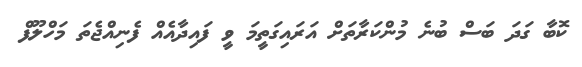
ކޮބާ ގަދަ ބަސް ބުނެ މުންކަރާތަށް އަރައިގަތީމަ ވީ ފައިދާއެއް ފެނިއްޖެތަ މަހްލޫފް